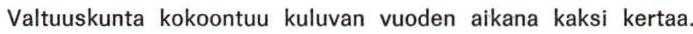
Valtuuskunta kokoontuu kuluvan vuoden aikana kaksi kertaa.